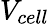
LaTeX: V_{cell}